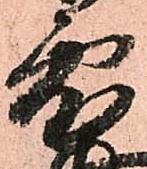
雪